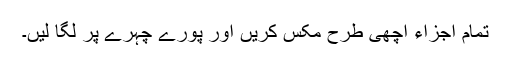
تمام اجزاء اچھی طرح مکس کریں اور پورے چہرے پر لگا لیں۔